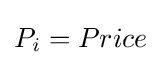
P_{i}=Price